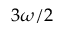
3 \omega / 2